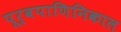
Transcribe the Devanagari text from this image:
पूर्वपाणिनिकाल